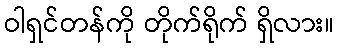
ဝါရှင်တန်ကို တိုက်ရိုက် ရှိလား။